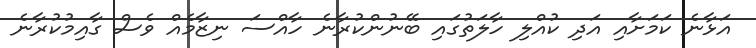
އަޅާނެ ކަމަށާއި އަދި ކުއްލި ހާލަތުގައި ބޭނުންކުރާނެ ހާއްސަ ނިޒާމެއް ވެސް ގާއިމުކުރާނެ